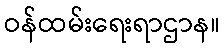
ဝန်ထမ်းရေးရာဌာန။